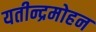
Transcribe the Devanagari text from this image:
यतीन्द्रमोहन